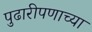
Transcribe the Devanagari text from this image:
पुढारीपणाच्या